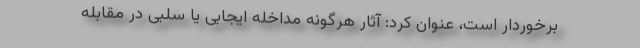
برخوردار است، عنوان کرد: آثار هرگونه مداخله ایجابی یا سلبی در مقابله